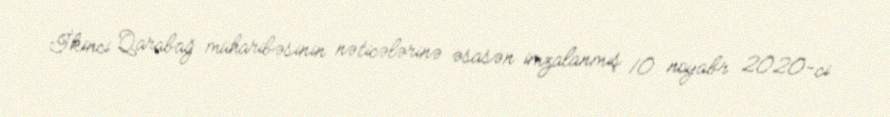
İkinci Qarabağ müharibəsinin nəticələrinə əsasən imzalanmış 10 noyabr 2020-ci